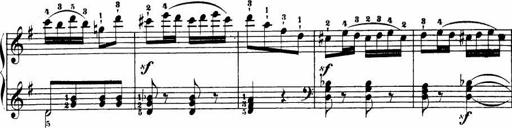
Title: Le bouquetier
Composer: Anton Diabelli
Key: G major
 C major
 F major
 C major